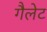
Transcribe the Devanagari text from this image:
गैलेट